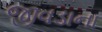
જીવડાના